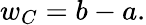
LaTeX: w_{C}=b-a.